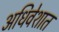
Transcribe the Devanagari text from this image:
अधिवेशात